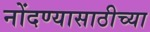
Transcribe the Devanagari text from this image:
नोंदण्यासाठीच्या